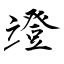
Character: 竳